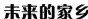
未来的家乡